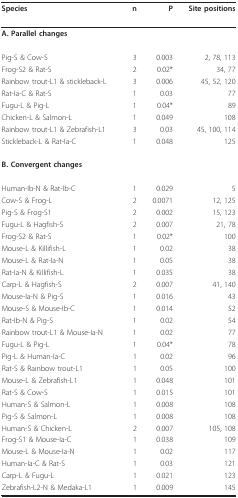
<table><thead><tr><td><b>Species</b></td><td><b>n</b></td><td><b>P</b></td><td><b>Site positions</b></td></tr></thead><tbody><tr><td><b>A. Parallel changes</b></td><td></td><td></td><td></td></tr><tr><td>Pig-S &amp; Cow-S</td><td>3</td><td>0.003</td><td>2, 78, 113</td></tr><tr><td>Frog-S2 &amp; Rat-S</td><td>2</td><td>0.02*</td><td>34, 77</td></tr><tr><td>Rainbow trout-L1 &amp; stickleback-L</td><td>3</td><td>0.006</td><td>45, 52, 120</td></tr><tr><td>Rat-Ia-C &amp; Rat-S</td><td>1</td><td>0.03</td><td>77</td></tr><tr><td>Fugu-L &amp; Pig-L</td><td>1</td><td>0.04*</td><td>89</td></tr><tr><td>Chicken-L &amp; Salmon-L</td><td>1</td><td>0.049</td><td>108</td></tr><tr><td>Rainbow trout-L1 &amp; Zebrafish-L1</td><td>3</td><td>0.03</td><td>45, 100, 114</td></tr><tr><td>Stickleback-L &amp; Rat-Ia-C</td><td>1</td><td>0.048</td><td>125</td></tr><tr><td><b>B. Convergent changes</b></td><td></td><td></td><td></td></tr><tr><td>Human-Ib-N &amp; Rat-Ib-C</td><td>1</td><td>0.029</td><td>5</td></tr><tr><td>Cow-S &amp; Frog-L</td><td>2</td><td>0.0071</td><td>12, 125</td></tr><tr><td>Pig-S &amp; Frog-S1</td><td>2</td><td>0.002</td><td>15, 123</td></tr><tr><td>Fugu-L &amp; Hagfish-S</td><td>2</td><td>0.007</td><td>21, 78</td></tr><tr><td>Frog-S2 &amp; Rat-S</td><td>1</td><td>0.02*</td><td>100</td></tr><tr><td>Mouse-L &amp; Killifish-L</td><td>1</td><td>0.02</td><td>38</td></tr><tr><td>Mouse-L &amp; Rat-Ia-N</td><td>1</td><td>0.05</td><td>38</td></tr><tr><td>Rat-Ia-N &amp; Killifish-L</td><td>1</td><td>0.035</td><td>38</td></tr><tr><td>Carp-L &amp; Hagfish-S</td><td>2</td><td>0.007</td><td>41, 140</td></tr><tr><td>Mouse-Ia-N &amp; Pig-S</td><td>1</td><td>0.016</td><td>43</td></tr><tr><td>Mouse-S &amp; Mouse-Ib-C</td><td>1</td><td>0.014</td><td>52</td></tr><tr><td>Rat-Ib-N &amp; Pig-S</td><td>1</td><td>0.02</td><td>54</td></tr><tr><td>Rainbow trout-L1 &amp; Mouse-Ia-N</td><td>1</td><td>0.02</td><td>77</td></tr><tr><td>Fugu-L &amp; Pig-L</td><td>1</td><td>0.04*</td><td>78</td></tr><tr><td>Pig-L &amp; Human-Ia-C</td><td>1</td><td>0.02</td><td>96</td></tr><tr><td>Rat-S &amp; Rainbow trout-L1</td><td>1</td><td>0.05</td><td>100</td></tr><tr><td>Mouse-L &amp; Zebrafish-L1</td><td>1</td><td>0.048</td><td>101</td></tr><tr><td>Rat-S &amp; Cow-S</td><td>1</td><td>0.015</td><td>101</td></tr><tr><td>Human-S &amp; Salmon-L</td><td>1</td><td>0.008</td><td>108</td></tr><tr><td>Pig-S &amp; Salmon-L</td><td>1</td><td>0.008</td><td>108</td></tr><tr><td>Human-S &amp; Chicken-L</td><td>2</td><td>0.007</td><td>105, 108</td></tr><tr><td>Frog-S1 &amp; Mouse-Ia-C</td><td>1</td><td>0.038</td><td>109</td></tr><tr><td>Mouse-L &amp; Mouse-Ia-N</td><td>1</td><td>0.02</td><td>117</td></tr><tr><td>Human-Ia-C &amp; Rat-S</td><td>1</td><td>0.03</td><td>121</td></tr><tr><td>Carp-L &amp; Fugu-L</td><td>1</td><td>0.021</td><td>123</td></tr><tr><td>Zebrafish-L2-N &amp; Medaka-L1</td><td>1</td><td>0.009</td><td>145</td></tr></tbody></table>